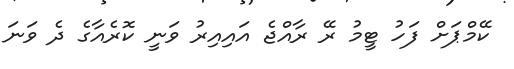
ކޭމްޕަށް ފަހު ޓީމު ރޭ ރާއްޖެ އައިއިރު ވަނީ ކޮރެއާގެ ދެ ވަނަ